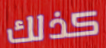
كذلك